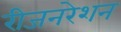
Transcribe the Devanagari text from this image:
रीजनरेशन